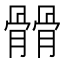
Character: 𩪆